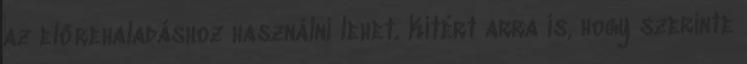
az előrehaladáshoz használni lehet. Kitért arra is, hogy szerinte